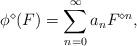
LaTeX: \begin{align*}\phi^\diamond(F)=\sum_{n=0}^\infty a_n F^{\diamond n},\end{align*}